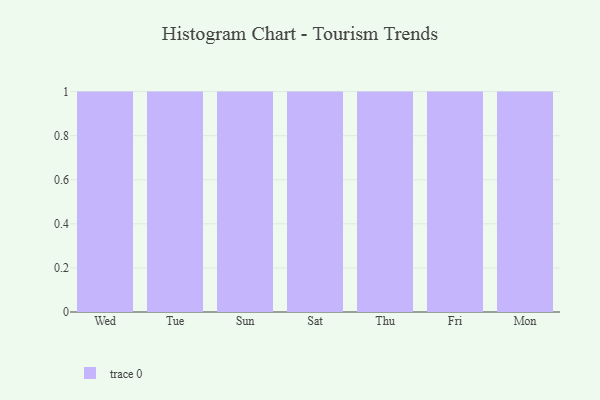
{"axis": {"x": "Day", "y": "Inventory Turnover"}, "legend": [""], "data": [{"x": "Wed", "y": 32, "type": ""}, {"x": "Tue", "y": 57, "type": ""}, {"x": "Sun", "y": 60, "type": ""}, {"x": "Sat", "y": 85, "type": ""}, {"x": "Thu", "y": 47, "type": ""}, {"x": "Fri", "y": 3, "type": ""}, {"x": "Mon", "y": 87, "type": ""}]}